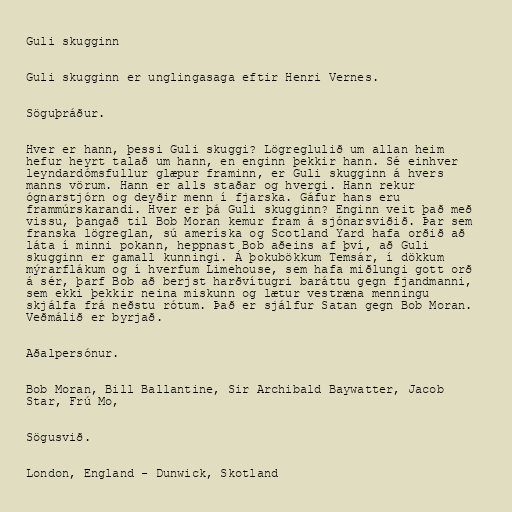
Guli skugginn

Guli skugginn er unglingasaga eftir Henri Vernes.

Söguþráður.

Hver er hann, þessi Guli skuggi? Lögreglulið um allan heim
hefur heyrt talað um hann, en enginn þekkir hann. Sé einhver
leyndardómsfullur glæpur framinn, er Guli skugginn á hvers
manns vörum. Hann er alls staðar og hvergi. Hann rekur
ógnarstjórn og deyðir menn í fjarska. Gáfur hans eru
frammúrskarandi. Hver er þá Guli skugginn? Enginn veit það með
vissu, þangað til Bob Moran kemur fram á sjónarsviðið. Þar sem
franska lögreglan, sú ameríska og Scotland Yard hafa orðið að
láta í minni pokann, heppnast Bob aðeins af því, að Guli
skugginn er gamall kunningi. Á þokubökkum Temsár, í dökkum
mýrarflákum og í hverfum Limehouse, sem hafa miðlungi gott orð
á sér, þarf Bob að berjst harðvítugri baráttu gegn fjandmanni,
sem ekki þekkir neina miskunn og lætur vestræna menningu
skjálfa frá neðstu rótum. Það er sjálfur Satan gegn Bob Moran.
Veðmálið er byrjað.

Aðalpersónur.

Bob Moran, Bill Ballantine, Sir Archibald Baywatter, Jacob
Star, Frú Mo,

Sögusvið.

London, England - Dunwick, Skotland